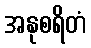
အနုစရိတံ